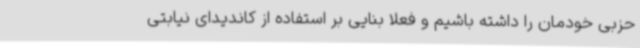
حزبی خودمان را داشته باشیم و فعلا بنایی بر استفاده از کاندیدای نیابتی